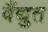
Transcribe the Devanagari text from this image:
वैंद्युत